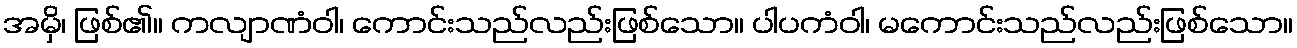
အမှိ၊ ဖြစ်၏။ ကလျာဏံဝါ၊ ကောင်းသည်လည်းဖြစ်သော။ ပါပကံဝါ၊ မကောင်းသည်လည်းဖြစ်သော။